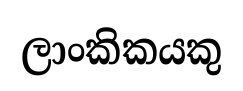
ලාංකිකයකු